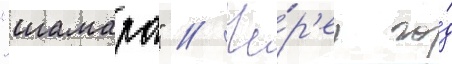
"шамара" // Че́р'ез го́д